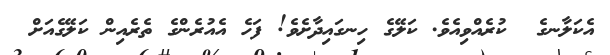
އެކަލާނގެ  ކުރެއްވިއެވެ. ކަލޭގެ ހިނގައިދާށެވެ! ފަހެ އެއުރެންގެ ތެރެއިން ކަލޭގެއަށް